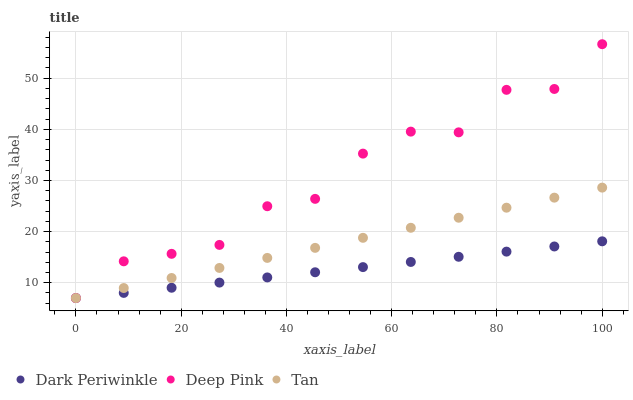
| xaxis_label | Dark Periwinkle | Deep Pink | Tan |
 | --- | --- | --- | --- |
 | 0 | 7 | 7 | 7 |
 | 9.09 | 8.01 | 14.2 | 8.96 |
 | 18.2 | 9.02 | 15.7 | 10.9 |
 | 27.3 | 10 | 17.4 | 12.9 |
 | 36.4 | 11 | 25 | 14.9 |
 | 45.5 | 12 | 26.4 | 16.8 |
 | 54.5 | 13.1 | 35.3 | 18.8 |
 | 63.6 | 14.1 | 39.6 | 20.7 |
 | 72.7 | 15.1 | 39.4 | 22.7 |
 | 81.8 | 16.1 | 47.7 | 24.7 |
 | 90.9 | 17.1 | 47.9 | 26.6 |
 | 100 | 18.1 | 56.7 | 28.6 |